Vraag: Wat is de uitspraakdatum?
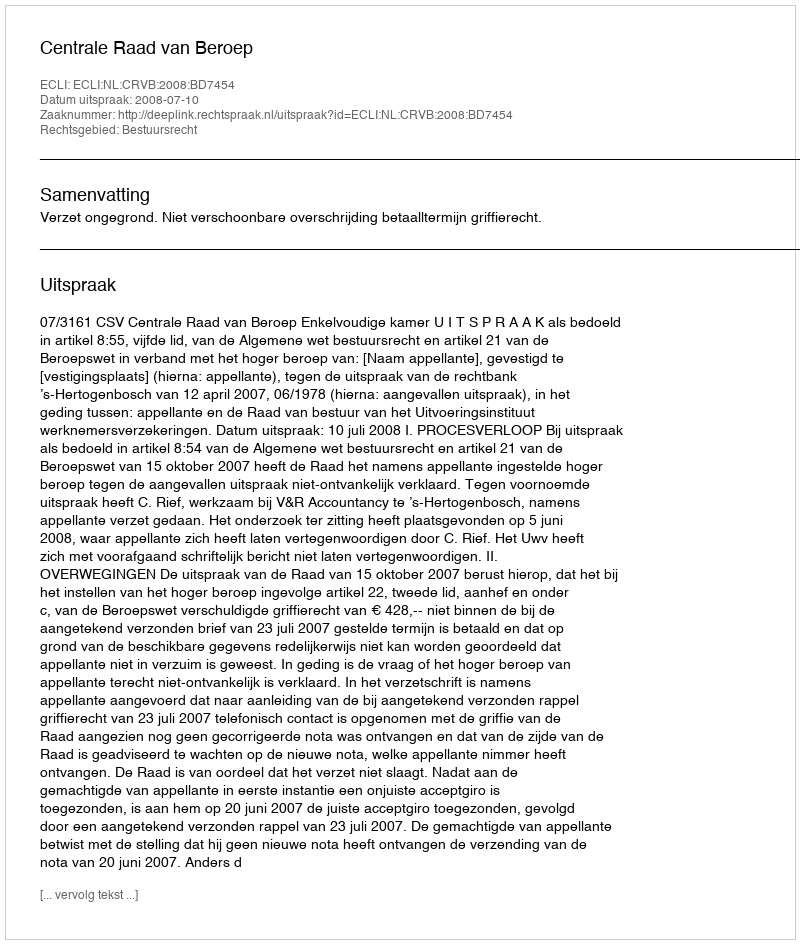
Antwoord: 2008-07-10